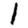
Digit: 1